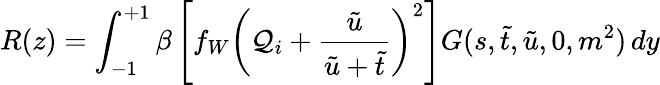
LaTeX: R(z)=\int_{-1}^{+1}\beta\left[f_{W}\left(\mathcal{Q}_{i}+\frac{{\tilde{{u}}}}{{\tilde{{u}}+\tilde{{t}}}}\right)^{2}\right]G(s,\tilde{{t}},\tilde{{u}},0,m^{2})\, dy